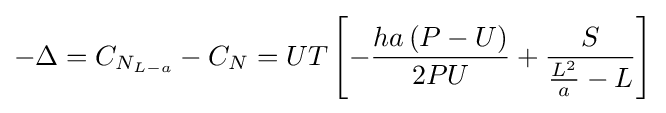
-\Delta =C_{N_{L-a}}-C_{N}=UT\left[-{\frac {ha\left(P-U\right)}{2PU}}+{\frac {S}{{\frac {L^{2}}{a}}-L}}\right]